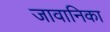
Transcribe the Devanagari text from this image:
जावानिका